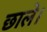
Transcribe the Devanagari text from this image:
छाले।